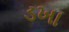
ડખા